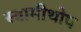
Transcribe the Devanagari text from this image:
स्वामीथोप